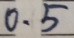
0 . 5